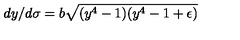
d y / d \sigma = b \sqrt { ( y ^ { 4 } - 1 ) ( y ^ { 4 } - 1 + \epsilon ) }